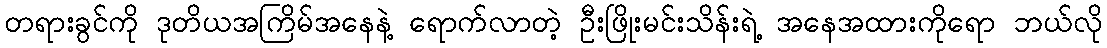
တရားခွင်ကို ဒုတိယအကြိမ်အနေနဲ့ ရောက်လာတဲ့ ဦးဖြိုးမင်းသိန်းရဲ့ အနေအထားကိုရော ဘယ်လို